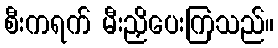
စီးကရက် မီးညှိပေးကြသည်။